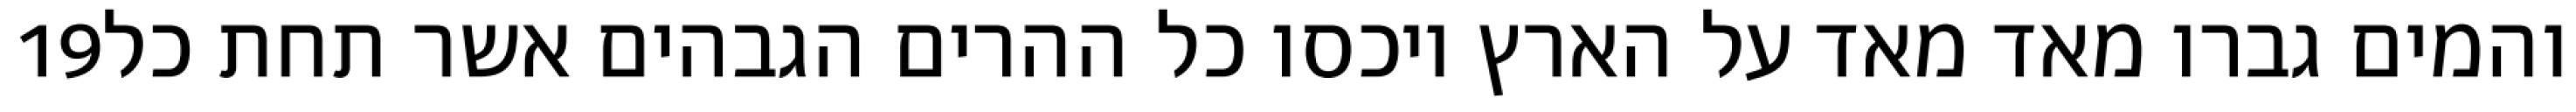
‎19‏ והמים גברו מאד מאד על הארץ ויכסו כל ההרים הגבהים אשר תחת כל